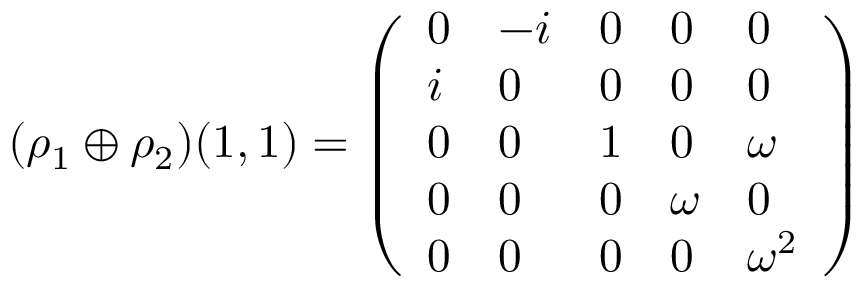
( \rho _ { 1 } \oplus \rho _ { 2 } ) ( 1 , 1 ) = { \left( \begin{array} { l l l l l } { 0 } & { - i } & { 0 } & { 0 } & { 0 } \\ { i } & { 0 } & { 0 } & { 0 } & { 0 } \\ { 0 } & { 0 } & { 1 } & { 0 } & { \omega } \\ { 0 } & { 0 } & { 0 } & { \omega } & { 0 } \\ { 0 } & { 0 } & { 0 } & { 0 } & { \omega ^ { 2 } } \end{array} \right) }